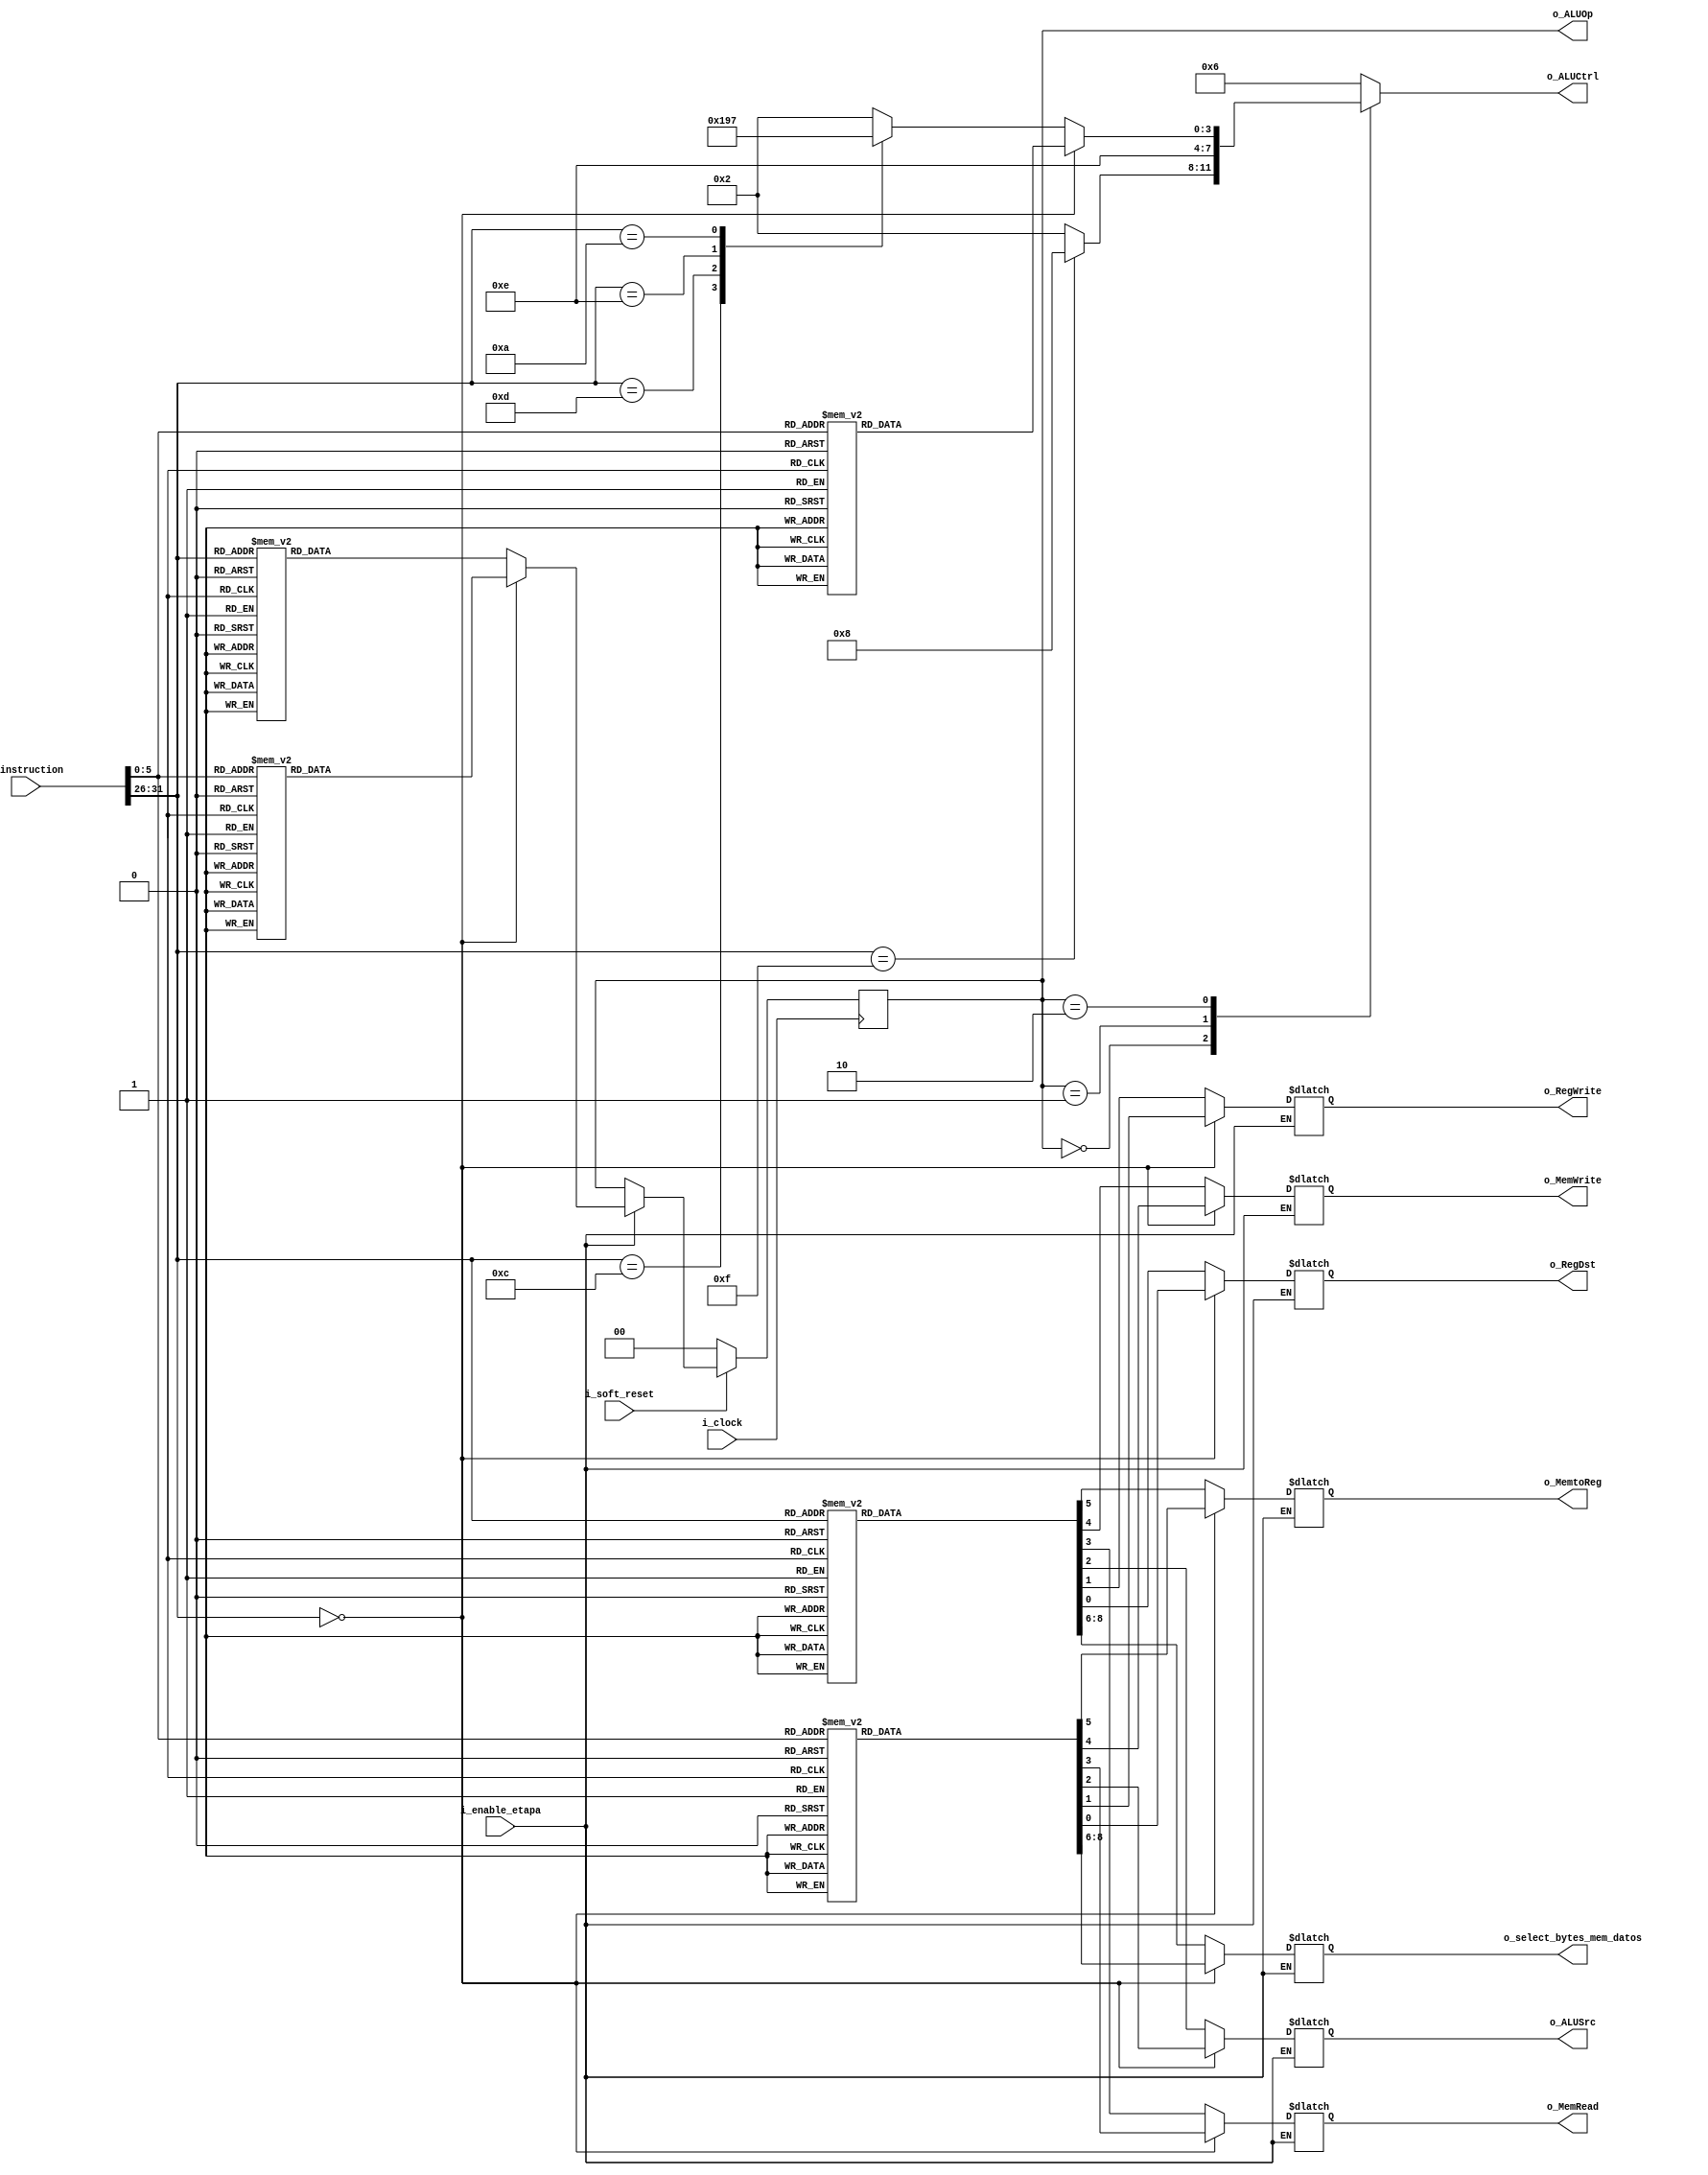
`timescale 1ns / 1ps

//////////////////////////////////////////////////////////////////////////////////////////////////
// Trabajo Practico Nro. 4. MIPS.
// Control.
// Integrantes: Kleiner Matias, Lopez Gaston.
// Materia: Arquitectura de Computadoras.
// FCEFyN. UNC.
// Anio 2019.
//////////////////////////////////////////////////////////////////////////////////////////////////


module control
   #(
       
       parameter CANT_BITS_INSTRUCTION = 32,
       parameter CANT_BITS_FLAG_BRANCH = 3,
       parameter CANT_BITS_ALU_OP = 2,
       parameter CANT_BITS_ALU_CONTROL = 4,
       parameter CANT_BITS_ESPECIAL = 6,
       parameter CANT_BITS_ID_LSB = 6,
       parameter CANT_BITS_SELECT_BYTES_MEM_DATA = 3
    
    )
   (
       input i_clock,
       input i_soft_reset,
       input [CANT_BITS_INSTRUCTION - 1 : 0] i_instruction,
       input i_enable_etapa,
       output reg o_RegDst,
       output reg o_RegWrite,
       output reg o_ALUSrc,
       output reg [CANT_BITS_ALU_OP - 1 : 0] o_ALUOp,
       output reg [CANT_BITS_ALU_CONTROL - 1 : 0] o_ALUCtrl,
       output reg o_MemRead,
       output reg o_MemWrite,
       output reg o_MemtoReg,
       output reg [CANT_BITS_SELECT_BYTES_MEM_DATA - 1 : 0] o_select_bytes_mem_datos     
   );


   /* Control general */
   always@(*) begin
        if (i_enable_etapa) begin  
                if (i_instruction [CANT_BITS_INSTRUCTION - 1 : CANT_BITS_INSTRUCTION - CANT_BITS_ESPECIAL] == {CANT_BITS_ESPECIAL{1'b0}}) //6 bits MSB en cero.
                begin 
                    case (i_instruction [CANT_BITS_ID_LSB - 1 : 0]) //6 bits LSB.
                        0://SLL
                            begin 
                                o_RegDst = 1;
                                o_RegWrite = 1;
                                o_ALUSrc = 1;
                                o_MemRead = 0;
                                o_MemWrite = 0;
                                o_MemtoReg = 0;
                                o_select_bytes_mem_datos = 0;
                            end
                        2://SRL
                            begin
                                o_RegDst = 1;
                                o_RegWrite = 1;
                                o_ALUSrc = 1;
                                o_MemRead = 0;
                                o_MemWrite = 0;
                                o_MemtoReg = 0;
                                o_select_bytes_mem_datos = 0;
                            end
                        3://SRA
                            begin
                                o_RegDst = 1;
                                o_RegWrite = 1;
                                o_ALUSrc = 1;
                                o_MemRead = 0;
                                o_MemWrite = 0;
                                o_MemtoReg = 0;
                                o_select_bytes_mem_datos = 0;
                            end
                        4://SLLV
                            begin
                                o_RegDst = 1;
                                o_RegWrite = 1;
                                o_ALUSrc = 0;
                                o_MemRead = 0;
                                o_MemWrite = 0;
                                o_MemtoReg = 0;
                                o_select_bytes_mem_datos = 0;
                            end
                        6://SRLV
                            begin
                                o_RegDst = 1;
                                o_RegWrite = 1;
                                o_ALUSrc = 0;
                                o_MemRead = 0;
                                o_MemWrite = 0;
                                o_MemtoReg = 0;
                                o_select_bytes_mem_datos = 0;
                            end
                        7://SRAV
                            begin
                                o_RegDst = 1;
                                o_RegWrite = 1;
                                o_ALUSrc = 0;
                                o_MemRead = 0;
                                o_MemWrite = 0;
                                o_MemtoReg = 0;
                                o_select_bytes_mem_datos = 0;
                            end
                        33://ADDU
                            begin
                                o_RegDst = 1;
                                o_RegWrite = 1;
                                o_ALUSrc = 0;
                                o_MemRead = 0;
                                o_MemWrite = 0;
                                o_MemtoReg = 0;
                                o_select_bytes_mem_datos = 0;
                            end
                        35://SUBU
                            begin
                                o_RegDst = 1;
                                o_RegWrite = 1;
                                o_ALUSrc = 0;
                                o_MemRead = 0;
                                o_MemWrite = 0;
                                o_MemtoReg = 0;
                                o_select_bytes_mem_datos = 0;
                            end
                        36://AND
                            begin
                                o_RegDst = 1;
                                o_RegWrite = 1;
                                o_ALUSrc = 0;
                                o_MemRead = 0;
                                o_MemWrite = 0;
                                o_MemtoReg = 0;
                                o_select_bytes_mem_datos = 0;
                            end
                        37://OR
                            begin
                                o_RegDst = 1;
                                o_RegWrite = 1;
                                o_ALUSrc = 0;
                                o_MemRead = 0;
                                o_MemWrite = 0;
                                o_MemtoReg = 0;
                                o_select_bytes_mem_datos = 0;
                            end
                        38://XOR
                            begin
                                o_RegDst = 1;
                                o_RegWrite = 1;
                                o_ALUSrc = 0;
                                o_MemRead = 0;
                                o_MemWrite = 0;
                                o_MemtoReg = 0;
                                o_select_bytes_mem_datos = 0;
                            end
                        39://NOR
                            begin
                                o_RegDst = 1;
                                o_RegWrite = 1;
                                o_ALUSrc = 0;
                                o_MemRead = 0;
                                o_MemWrite = 0;
                                o_MemtoReg = 0;
                                o_select_bytes_mem_datos = 0;
                            end
                        42://SLT
                            begin
                                o_RegDst = 1;
                                o_RegWrite = 1;
                                o_ALUSrc = 0;
                                o_MemRead = 0;
                                o_MemWrite = 0;
                                o_MemtoReg = 0;
                                o_select_bytes_mem_datos = 0;
                            end
                        8://JR
                            begin
                                o_RegDst = 0;
                                o_RegWrite = 0;
                                o_ALUSrc = 0;
                                o_MemRead = 0;
                                o_MemWrite = 0;
                                o_MemtoReg = 0;
                                o_select_bytes_mem_datos = 0;
                            end
                        9://JALR 
                            begin
                                o_RegDst = 1;
                                o_RegWrite = 1;
                                o_ALUSrc = 0;
                                o_MemRead = 0;
                                o_MemWrite = 0;
                                o_MemtoReg = 0;
                                o_select_bytes_mem_datos = 0;
                            end
                        default:
                            begin
                                o_RegDst = 0;
                                o_RegWrite = 0;
                                o_ALUSrc = 0;
                                o_MemRead = 0;
                                o_MemWrite = 0;
                                o_MemtoReg = 0;
                                o_select_bytes_mem_datos = 0;
                            end
                    endcase
                end
                else begin // 6 bits MSB distinto de cero.
                    case (i_instruction [CANT_BITS_INSTRUCTION - 1 : CANT_BITS_INSTRUCTION - CANT_BITS_ESPECIAL])//6 bits MSB.
                        32://LB
                            begin
                                o_RegDst = 0;
                                o_RegWrite = 1;
                                o_ALUSrc = 1;
                                o_MemRead = 1;
                                o_MemWrite = 0;
                                o_MemtoReg = 1;
                                o_select_bytes_mem_datos = 5; // El bit MSB indica si la operacion es signada (1) o no (0).
                            end
                        33://LH
                            begin
                                o_RegDst = 0;
                                o_RegWrite = 1;
                                o_ALUSrc = 1;
                                o_MemRead = 1;
                                o_MemWrite = 0;
                                o_MemtoReg = 1;
                                o_select_bytes_mem_datos = 6; // Los dos bits LSB indican el tamao del dato (byte, word, halfword).
                            end
                        35://LW
                            begin
                                o_RegDst = 0;
                                o_RegWrite = 1;
                                o_ALUSrc = 1;
                                o_MemRead = 1;
                                o_MemWrite = 0;
                                o_MemtoReg = 1;
                                o_select_bytes_mem_datos = 7;
                            end
                        39://LWU
                            begin
                                o_RegDst = 0;
                                o_RegWrite = 1;
                                o_ALUSrc = 1;
                                o_MemRead = 1;
                                o_MemWrite = 0;
                                o_MemtoReg = 1;
                                o_select_bytes_mem_datos = 3;
                            end
                        36://LBU
                            begin
                                o_RegDst = 0;
                                o_RegWrite = 1;
                                o_ALUSrc = 1;
                                o_MemRead = 1;
                                o_MemWrite = 0;
                                o_MemtoReg = 1;
                                o_select_bytes_mem_datos = 1;
                            end
                        37://LHU
                            begin
                                o_RegDst = 0;
                                o_RegWrite = 1;
                                o_ALUSrc = 1;
                                o_MemRead = 1;
                                o_MemWrite = 0;
                                o_MemtoReg = 1;
                                o_select_bytes_mem_datos = 2;
                            end
                        40://SB
                            begin
                                o_RegDst = 0;
                                o_RegWrite = 0;
                                o_ALUSrc = 1;
                                o_MemRead = 0;
                                o_MemWrite = 1;
                                o_MemtoReg = 0;
                                o_select_bytes_mem_datos = 1;
                            end
                        41://SH
                            begin
                                o_RegDst = 0;
                                o_RegWrite = 0;
                                o_ALUSrc = 1;
                                o_MemRead = 0;
                                o_MemWrite = 1;
                                o_MemtoReg = 0;
                                o_select_bytes_mem_datos = 2;
                            end
                        43://SW
                            begin
                                o_RegDst = 0;
                                o_RegWrite = 0;
                                o_ALUSrc = 1;
                                o_MemRead = 0;
                                o_MemWrite = 1;
                                o_MemtoReg = 0;
                                o_select_bytes_mem_datos = 3;
                            end
                        8://ADDI
                            begin
                                o_RegDst = 0;
                                o_RegWrite = 1;
                                o_ALUSrc = 1;
                                o_MemRead = 0;
                                o_MemWrite = 0;
                                o_MemtoReg = 0;
                                o_select_bytes_mem_datos = 0;
                            end
                        12://ANDI
                            begin
                                o_RegDst = 0;
                                o_RegWrite = 1;
                                o_ALUSrc = 1;
                                o_MemRead = 0;
                                o_MemWrite = 0;
                                o_MemtoReg = 0;
                                o_select_bytes_mem_datos = 0;
                            end
                        13://ORI
                            begin
                                o_RegDst = 0;
                                o_RegWrite = 1;
                                o_ALUSrc = 1;
                                o_MemRead = 0;
                                o_MemWrite = 0;
                                o_MemtoReg = 0;
                                o_select_bytes_mem_datos = 0;
                            end
                        14://XORI
                            begin
                                o_RegDst = 0;
                                o_RegWrite = 1;
                                o_ALUSrc = 1;
                                o_MemRead = 0;
                                o_MemWrite = 0;
                                o_MemtoReg = 0;
                                o_select_bytes_mem_datos = 0;
                            end
                        15://LUI
                            begin
                                o_RegDst = 0;
                                o_RegWrite = 1;
                                o_ALUSrc = 1;
                                o_MemRead = 0;
                                o_MemWrite = 0;
                                o_MemtoReg = 0;
                                o_select_bytes_mem_datos = 0;
                            end
                        10://SLTI
                            begin
                                o_RegDst = 0;
                                o_RegWrite = 1;
                                o_ALUSrc = 1;
                                o_MemRead = 0;
                                o_MemWrite = 0;
                                o_MemtoReg = 0;
                                o_select_bytes_mem_datos = 0;
                            end
                        4://BEQ
                            begin
                                o_RegDst = 0;
                                o_RegWrite = 0;
                                o_ALUSrc = 1;
                                o_MemRead = 0;
                                o_MemWrite = 0;
                                o_MemtoReg = 0;
                                o_select_bytes_mem_datos = 0;
                            end
                        5://BNE
                            begin
                                o_RegDst = 0;
                                o_RegWrite = 0;
                                o_ALUSrc = 1;
                                o_MemRead = 0;
                                o_MemWrite = 0;
                                o_MemtoReg = 0;
                                o_select_bytes_mem_datos = 0;
                            end
                        2://J
                            begin
                                o_RegDst = 0;
                                o_RegWrite = 0;
                                o_ALUSrc = 0;
                                o_MemRead = 0;
                                o_MemWrite = 0;
                                o_MemtoReg = 0;
                                o_select_bytes_mem_datos = 0;
                            end
                        3://JAL
                            begin
                                o_RegDst = 1;
                                o_RegWrite = 1;
                                o_ALUSrc = 0;
                                o_MemRead = 0;
                                o_MemWrite = 0;
                                o_MemtoReg = 0;
                                o_select_bytes_mem_datos = 0;
                            
                            end
                        default:
                            begin
                                o_RegDst = 0;
                                o_RegWrite = 0;
                                o_ALUSrc = 0;
                                o_MemRead = 0;
                                o_MemWrite = 0;
                                o_MemtoReg = 0;
                                o_select_bytes_mem_datos = 0;
                            end
                    endcase
                end
        end
        else begin
            o_RegDst = o_RegDst;
            o_RegWrite = o_RegWrite;
            o_ALUSrc = o_ALUSrc;
            o_MemRead = o_MemRead;
            o_MemWrite = o_MemWrite;
            o_MemtoReg = o_MemtoReg;
            o_select_bytes_mem_datos = o_select_bytes_mem_datos;
        end    
   end



    // ALU OP.
   always@(posedge i_clock) begin
        if (~ i_soft_reset) begin
          o_ALUOp <= 2'b00;
        end
        else begin
            if (i_enable_etapa) begin
                    if (i_instruction [CANT_BITS_INSTRUCTION - 1 : CANT_BITS_INSTRUCTION - CANT_BITS_ESPECIAL] == {CANT_BITS_ESPECIAL{1'b0}}) //6 bits MSB en cero.
                    begin 
                        case (i_instruction [CANT_BITS_ID_LSB - 1 : 0]) //6 bits LSB.
                            0://SLL
                                begin 
                                    o_ALUOp <= 2'b10;
                                end
                            2://SRL
                                begin
                                    o_ALUOp <= 2'b10;
                                end
                            3://SRA
                                begin
                                    o_ALUOp <= 2'b10;
                                end
                            4://SLLV
                                begin
                                    o_ALUOp <= 2'b10;
                                end
                            6://SRLV
                                begin
                                    o_ALUOp <= 2'b10;
                                end
                            7://SRAV
                                begin
                                    o_ALUOp <= 2'b10;
                                end
                            33://ADDU
                                begin
                                    o_ALUOp <= 2'b10;
                                end
                            35://SUBU
                                begin
                                    o_ALUOp <= 2'b10;
                                end
                            36://AND
                                begin
                                    o_ALUOp <= 2'b10;
                                end
                            37://OR
                                begin
                                    o_ALUOp <= 2'b10;
                                end
                            38://XOR
                                begin
                                    o_ALUOp <= 2'b10;
                                end
                            39://NOR
                                begin
                                    o_ALUOp <= 2'b10;
                                end
                            42://SLT
                                begin
                                    o_ALUOp <= 2'b10;
                                end
                            8://JR
                                begin
                                    o_ALUOp <= 2'b01;
                                end
                            9://JALR 
                                begin
                                    o_ALUOp <= 2'b01;
                                end
                            default:
                                begin
                                    o_ALUOp <= 2'b00;
                                end
                        endcase
                    end
                    else begin // 6 bits MSB distinto de cero.
                    case (i_instruction [CANT_BITS_INSTRUCTION - 1 : CANT_BITS_INSTRUCTION - CANT_BITS_ESPECIAL])//6 bits MSB.
                            32://LB
                                begin
                                    o_ALUOp <= 2'b00;
                                end
                            33://LH
                                begin
                                    o_ALUOp <= 2'b00;
                                end
                            35://LW
                                begin
                                    o_ALUOp <= 2'b00;
                                end
                            39://LWU
                                begin
                                    o_ALUOp <= 2'b00;
                                end
                            36://LBU
                                begin
                                    o_ALUOp <= 2'b00;
                                end
                            37://LHU
                                begin
                                    o_ALUOp <= 2'b00;
                                end
                            40://SB
                                begin
                                    o_ALUOp <= 2'b00;
                                end
                            41://SH
                                begin
                                    o_ALUOp <= 2'b00;
                                end
                            43://SW
                                begin
                                    o_ALUOp <= 2'b00;
                                end
                            8://ADDI
                                begin
                                    o_ALUOp <= 2'b10;
                                end
                            12://ANDI
                                begin
                                    o_ALUOp <= 2'b10;
                                end
                            13://ORI
                                begin
                                    o_ALUOp <= 2'b10;
                                end
                            14://XORI
                                begin
                                    o_ALUOp <= 2'b10;
                                end
                            15://LUI
                                begin
                                    o_ALUOp <= 2'b00;
                                end
                            10://SLTI
                                begin
                                    o_ALUOp <= 2'b10;
                                end
                            4://BEQ
                                begin
                                    o_ALUOp <= 2'b01;
                                end
                            5://BNE
                                begin
                                    o_ALUOp <= 2'b01;
                                end
                            2://J
                                begin
                                    o_ALUOp <= 2'b01;
                                end
                            3://JAL
                                begin
                                    o_ALUOp <= 2'b01;
                                
                                end
                            default:
                                begin
                                    o_ALUOp <= 2'b00;
                                end
                        endcase
                    end 
            end
            else begin
                o_ALUOp <= o_ALUOp;
            end   
        end
   end





    /* ALU Control. */
    always@(*) begin
        case (o_ALUOp)
            2'b00: //Load o Store.
                begin
                    if (i_instruction [CANT_BITS_INSTRUCTION - 1 : CANT_BITS_INSTRUCTION - CANT_BITS_ESPECIAL] == 15) begin //LUI
                        o_ALUCtrl = 4'b1000;
                    end
                    else begin
                        o_ALUCtrl = 4'b0010;
                    end
                    
                end
            2'b01: //Saltos.
                begin
                    o_ALUCtrl = 4'b1110;
                end
            2'b10: // Tipo R. 
                begin
                    if (i_instruction [CANT_BITS_INSTRUCTION - 1 : CANT_BITS_INSTRUCTION - CANT_BITS_ESPECIAL] == {CANT_BITS_ESPECIAL{1'b0}}) //6 bits MSB en cero.
                    begin 
                        case (i_instruction [CANT_BITS_ID_LSB - 1 : 0]) //6 bits LSB.
                            0://SLL
                                begin 
                                    o_ALUCtrl = 4'b1011;
                                end
                            2://SRL
                                begin
                                    o_ALUCtrl = 4'b1100;
                                end
                            3://SRA
                                begin
                                    o_ALUCtrl = 4'b1101;
                                end
                            4://SLLV
                                begin
                                    o_ALUCtrl = 4'b1011;
                                end
                            6://SRLV
                                begin
                                    o_ALUCtrl = 4'b1100;
                                end
                            7://SRAV
                                begin
                                    o_ALUCtrl = 4'b1101;
                                end
                            33://ADDU
                                begin
                                    o_ALUCtrl = 4'b0010;
                                end
                            35://SUBU
                                begin
                                    o_ALUCtrl = 4'b0110;
                                end
                            36://AND
                                begin
                                    o_ALUCtrl = 4'b0000;
                                end
                            37://OR
                                begin
                                    o_ALUCtrl = 4'b0001;
                                end
                            38://XOR
                                begin
                                    o_ALUCtrl = 4'b1001;
                                end
                            39://NOR
                                begin
                                    o_ALUCtrl = 4'b1010;
                                end
                            42://SLT
                                begin
                                    o_ALUCtrl = 4'b0111;
                                end
                  
                            default:
                                begin
                                    o_ALUCtrl = 4'b0010;
                                end
                        endcase
                    end
                    else begin
                      case (i_instruction [CANT_BITS_INSTRUCTION - 1 : CANT_BITS_INSTRUCTION - CANT_BITS_ESPECIAL])
                           
                            8://ADDI
                                begin
                                    o_ALUCtrl = 4'b0010;
                                end
                            12://ANDI
                                begin
                                    o_ALUCtrl = 4'b0000;
                                end
                            13://ORI
                                begin
                                    o_ALUCtrl = 4'b0001;
                                end
                            14://XORI
                                begin
                                    o_ALUCtrl = 4'b1001;
                                end
                        
                            10://SLTI
                                begin
                                    o_ALUCtrl = 4'b0111;
                                end
                            
                            
                            default:
                                begin
                                    o_ALUCtrl = 4'b0010;
                                end
                      endcase
                    end
                end
            default:
                begin
                    o_ALUCtrl = 4'b0110;
                end
        endcase
        
    end



    




endmodule